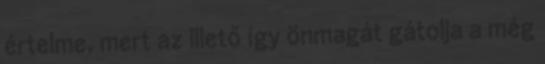
értelme, mert az illető így önmagát gátolja a még